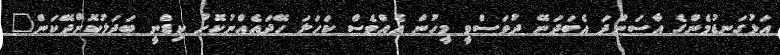
އަޅުގަނޑުމެންގެ އާސަންދަ އެބަދަނޭ ދުވަސްވީ މީހުން އެއްވެސް ކަހަލަ ހޭދައެއްނުކޮށް ކިޑްނީ ބަދަލުކޮށްދޭކަން"